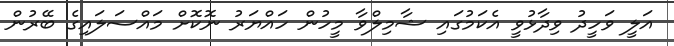
އަލީ ވަހީދު ވިދާޅުވީ އެކަމުގައި ޝާމިލްވާ މީހުން ހައްޔަރު ނޮކޮށް މައްސަލައިގެ ބޭރުން